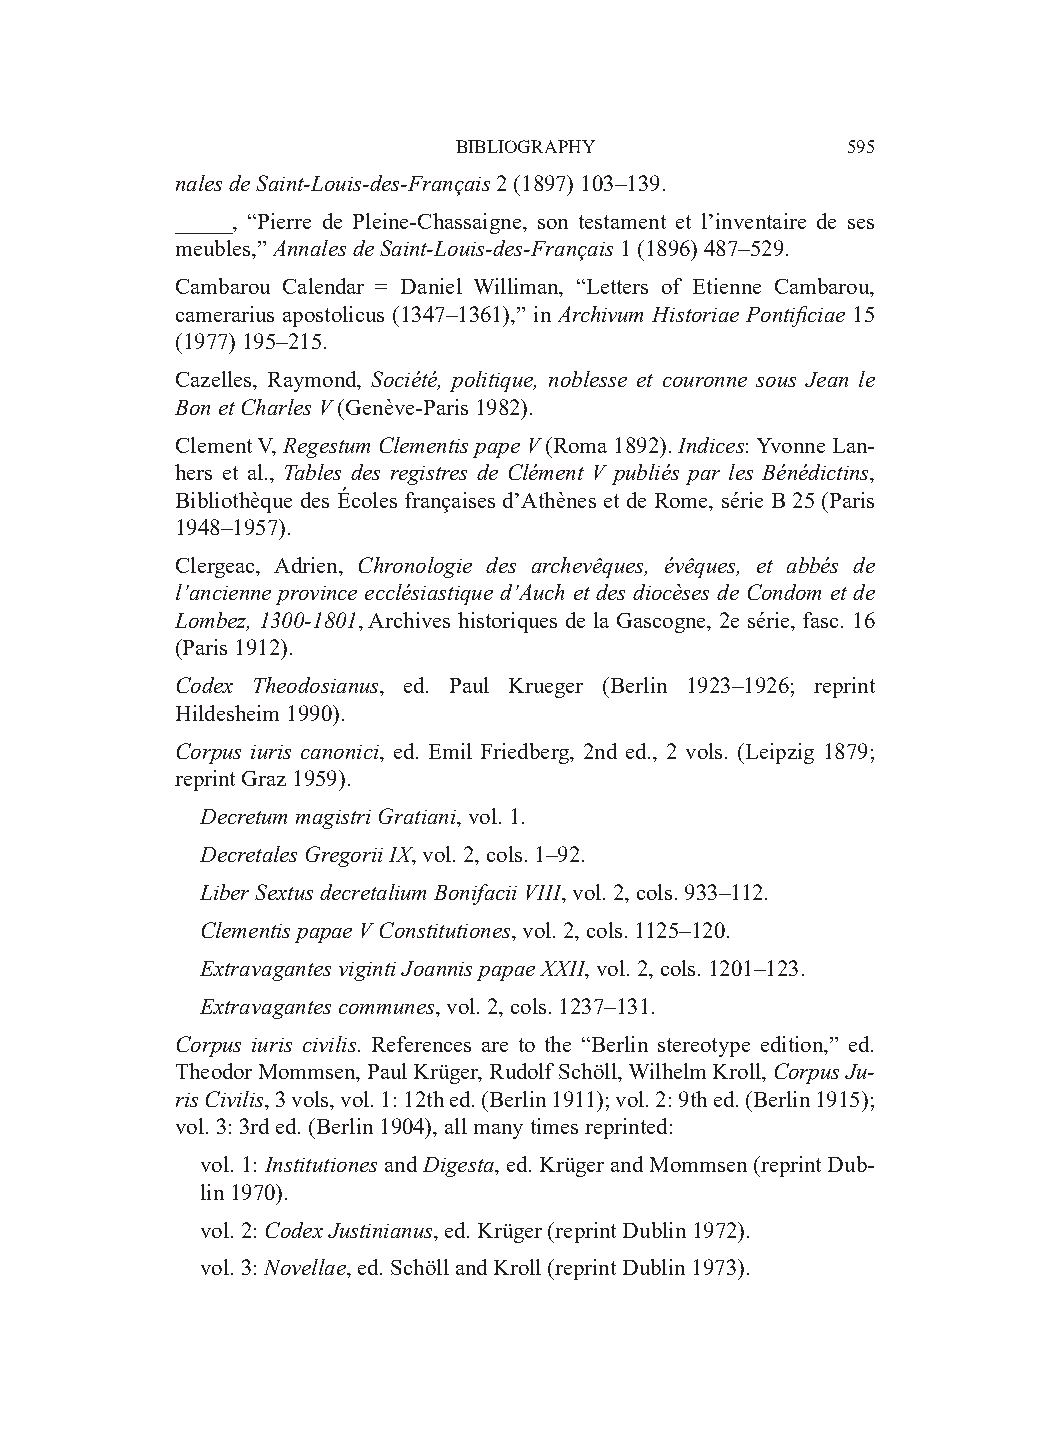
BIBLIOGRAPHY              595
 nales de Saint-Louis-des-Français 2 (1897) 103–139.
 _____, “Pierre de Pleine-Chassaigne, son testament et l’inventaire de ses
 meubles,” Annales de Saint-Louis-des-Français 1 (1896) 487–529.
 Cambarou Calendar = Daniel Williman, “Letters of Etienne Cambarou,
 camerarius apostolicus (1347–1361),” in Archivum Historiae Pontificiae 15
 (1977) 195–215.
 Cazelles, Raymond, Société, politique, noblesse et couronne sous Jean le
 Bon et Charles V (Genève-Paris 1982).
 Clement V, Regestum Clementis pape V (Roma 1892). Indices: Yvonne Lan-
 hers et al., Tables des registres de Clément V publiés par les Bénédictins,
 Bibliothèque des Écoles françaises d’Athènes et de Rome, série B 25 (Paris
 1948–1957).
 Clergeac, Adrien, Chronologie des archevêques, évêques, et abbés de
 l’ancienne province ecclésiastique d’Auch et des diocèses de Condom et de
 Lombez, 1300-1801, Archives historiques de la Gascogne, 2e série, fasc. 16
 (Paris 1912).
 Codex Theodosianus, ed. Paul Krueger (Berlin 1923–1926; reprint
 Hildesheim 1990).
 Corpus iuris canonici, ed. Emil Friedberg, 2nd ed., 2 vols. (Leipzig 1879;
 reprint Graz 1959).
 Decretum magistri Gratiani, vol. 1.
 Decretales Gregorii IX, vol. 2, cols. 1–92.
 Liber Sextus decretalium Bonifacii VIII, vol. 2, cols. 933–112.
 Clementis papae V Constitutiones, vol. 2, cols. 1125–120.
 Extravagantes viginti Joannis papae XXII, vol. 2, cols. 1201–123.
 Extravagantes communes, vol. 2, cols. 1237–131.
 Corpus iuris civilis. References are to the “Berlin stereotype edition,” ed.
 Theodor Mommsen, Paul Krüger, Rudolf Schöll, Wilhelm Kroll, Corpus Ju-
 ris Civilis, 3 vols, vol. 1: 12th ed. (Berlin 1911); vol. 2: 9th ed. (Berlin 1915);
 vol. 3: 3rd ed. (Berlin 1904), all many times reprinted:
 vol. 1: Institutiones and Digesta, ed. Krüger and Mommsen (reprint Dub-
 lin 1970).
 vol. 2: Codex Justinianus, ed. Krüger (reprint Dublin 1972).
 vol. 3: Novellae, ed. Schöll and Kroll (reprint Dublin 1973).